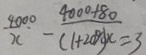
\frac { 4 0 0 0 } { x } - \frac { 4 0 0 0 + 8 0 } { ( 1 + 2 0 \% ) x } = 3